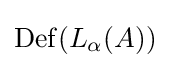
\mathrm {Def} (L_{\alpha }(A))